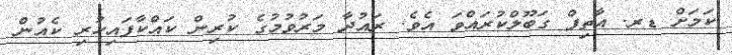
ކަމަށް ޑރ. އާތިފް ގަބޫލްކުރައްވަ އެވެ. ރައުދާ މަރުވުމުގެ ކުރިން ކައްކާފައިހުރި ކެެއުން